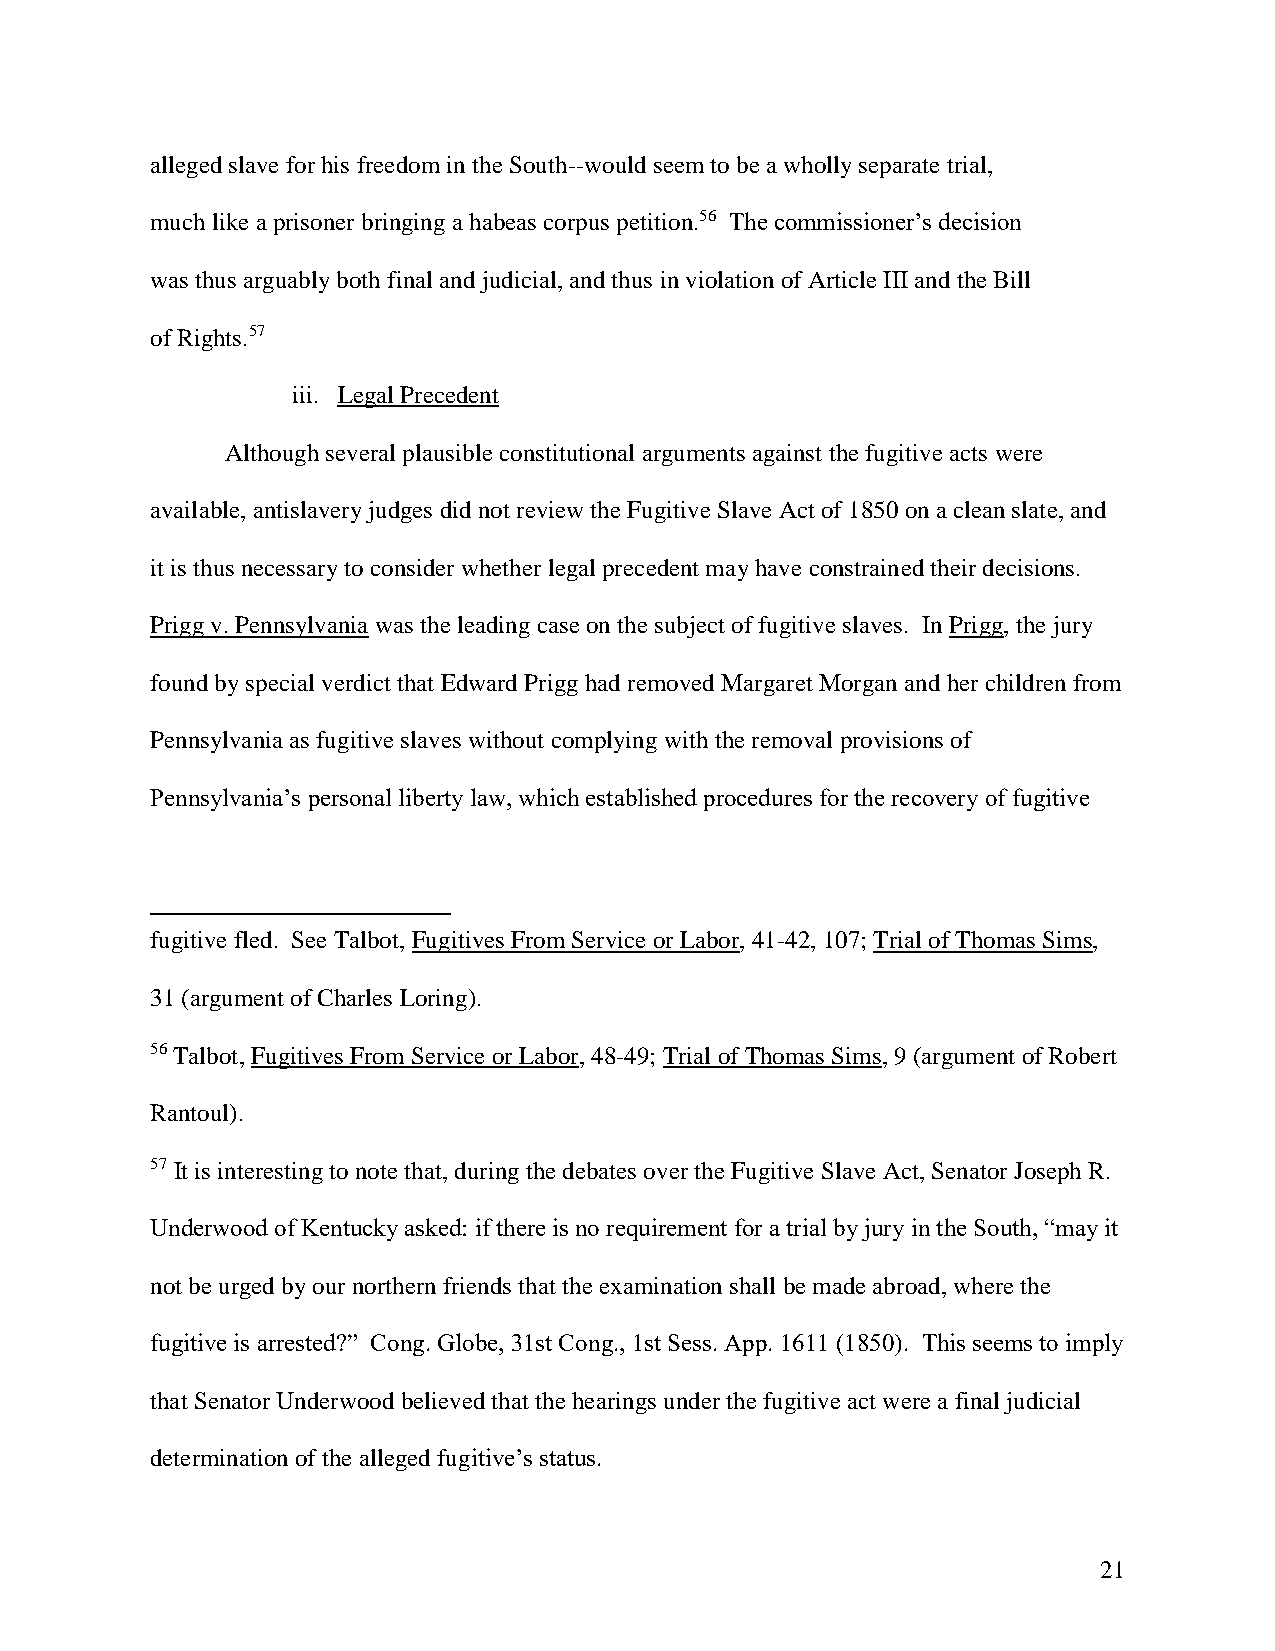
alleged slave for his freedom in the South--would seem to be a wholly separate trial,
 much like a prisoner bringing a habeas corpus petition.56 The commissioner’s decision
 was thus arguably both final and judicial, and thus in violation of Article III and the Bill
 of Rights.57
 iii. Legal Precedent
 Although several plausible constitutional arguments against the fugitive acts were
 available, antislavery judges did not review the Fugitive Slave Act of 1850 on a clean slate, and
 it is thus necessary to consider whether legal precedent may have constrained their decisions.
 Prigg v. Pennsylvania was the leading case on the subject of fugitive slaves. In Prigg, the jury
 found by special verdict that Edward Prigg had removed Margaret Morgan and her children from
 Pennsylvania as fugitive slaves without complying with the removal provisions of
 Pennsylvania’s personal liberty law, which established procedures for the recovery of fugitive
 fugitive fled. See Talbot, Fugitives From Service or Labor, 41-42, 107; Trial of Thomas Sims,
 31 (argument of Charles Loring).
 56 Talbot, Fugitives From Service or Labor, 48-49; Trial of Thomas Sims, 9 (argument of Robert
 Rantoul).
 57 It is interesting to note that, during the debates over the Fugitive Slave Act, Senator Joseph R.
 Underwood of Kentucky asked: if there is no requirement for a trial by jury in the South, “may it
 not be urged by our northern friends that the examination shall be made abroad, where the
 fugitive is arrested?” Cong. Globe, 31st Cong., 1st Sess. App. 1611 (1850). This seems to imply
 that Senator Underwood believed that the hearings under the fugitive act were a final judicial
 determination of the alleged fugitive’s status.
 21